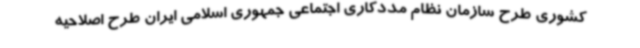
کشوری طرح سازمان نظام مددکاری اجتماعی جمهوری اسلامی ایران طرح اصلاحیه